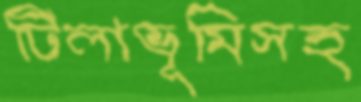
টিলাভূমিসহ